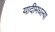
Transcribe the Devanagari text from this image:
यादीमधल्या